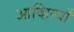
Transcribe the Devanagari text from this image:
आव्हिन्याँ